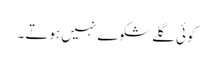
کوئی گلے شکوے نہیں ہوتے ۔